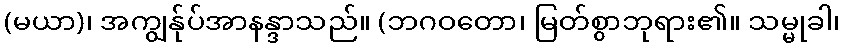
(မယာ)၊ အကျွန်ုပ်အာနန္ဒာသည်။ (ဘဂဝတော၊ မြတ်စွာဘုရား၏။ သမ္မုခါ၊